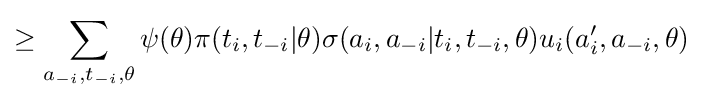
\geq \sum _{a_{-i},t_{-i},\theta }\psi (\theta )\pi (t_{i},t_{-i}|\theta )\sigma (a_{i},a_{-i}|t_{i},t_{-i},\theta )u_{i}(a'_{i},a_{-i},\theta )